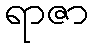
ရာဇာ